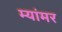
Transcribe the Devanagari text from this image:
म्यांमर